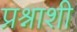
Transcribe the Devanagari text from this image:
प्रश्नाशी